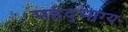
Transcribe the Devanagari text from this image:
महद्‌भाग्य